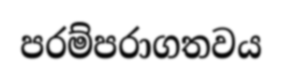
පරම්පරාගතවය